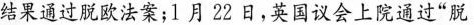
结果通过脱欧法案；1月22日，英国议会上院通过”脱